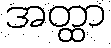
အတ္ထာ